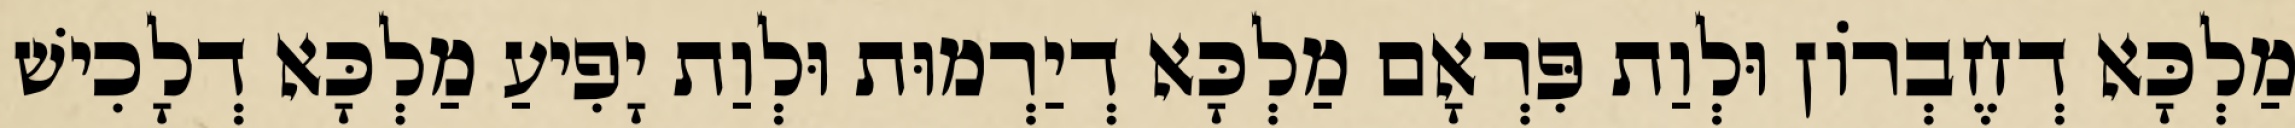
מַלְכָּא דְחֶבְרוֹן וּלְוַת פִּרְאָם מַלְכָּא דְיַרְמוּת וּלְוַת יָפִיעַ מַלְכָּא דְלָכִישׁ